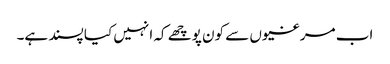
اب مرغیوں سے کون پوچھے کہ انہیں کیا پسند ہے۔